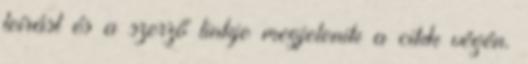
leírást és a szerző linkje megjelenik a cikk végén.